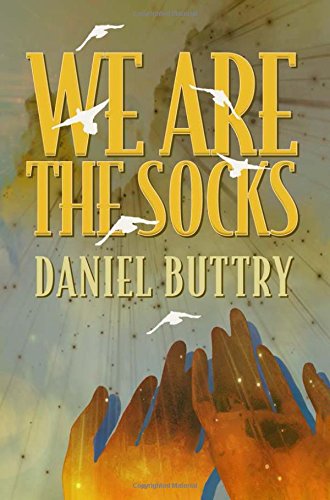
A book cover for We Are The Socks; Daniel L. Buttry; Travel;